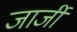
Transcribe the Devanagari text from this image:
जार्जी